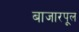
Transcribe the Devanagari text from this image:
बाजारपूल